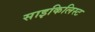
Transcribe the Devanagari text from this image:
साइकिलिस्ट